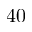
4 0